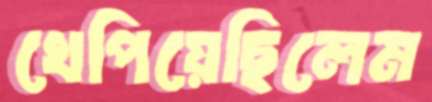
খেপিয়েছিলেম